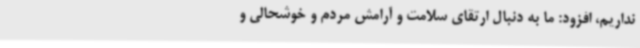
نداریم، افزود: ما به دنبال ارتقای سلامت و آرامش مردم و خوشحالی و